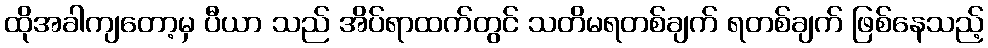
ထိုအခါကျတော့မှ ပီယာ သည် အိပ်ရာထက်တွင် သတိမရတစ်ချက် ရတစ်ချက် ဖြစ်နေသည့်